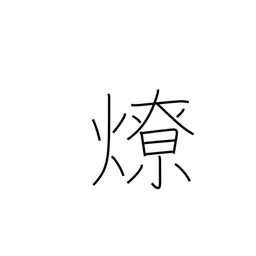
Meaning: bonfire